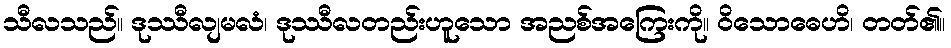
သီလသည်။ ဒုဿီလျမလံ၊ ဒုဿီလတည်းဟူသော အညစ်အကြေးကို။ ဝိသောဓေဟိ၊ တတ်၏။